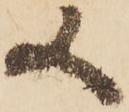
又